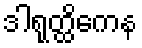
ဒါရုတ္ထိကေန